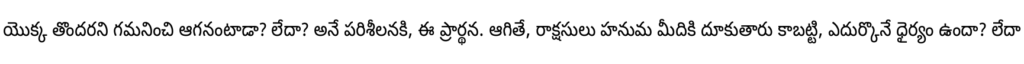
యొక్క తొందరని గమనించి ఆగనంటాడా? లేదా? అనే పరిశీలనకి, ఈ ప్రార్థన. ఆగితే, రాక్షసులు హనుమ మీదికి దూకుతారు కాబట్టి, ఎదుర్కొనే ధైర్యం ఉందా? లేదా